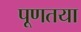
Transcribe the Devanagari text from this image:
पूणतया